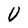
Character: V